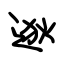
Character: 逖